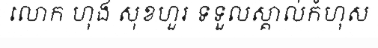
លោក ហុង សុខហួរ ទទួលស្គាល់កំហុស